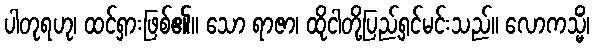
ပါတုရဟု၊ ထင်ရှားဖြစ်၏။ သော ရာဇာ၊ ထိုငါတို့ပြည့်ရှင်မင်းသည်။ လောကသ္မိံ၊